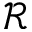
\mathscr { R }